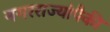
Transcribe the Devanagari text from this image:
नगरराज्यांपैकी